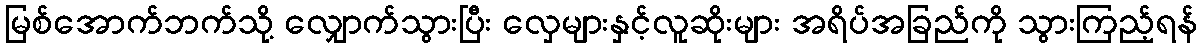
မြစ်အောက်ဘက်သို့ လျှောက်သွားပြီး လှေများနှင့်လူဆိုးများ အရိပ်အခြည်ကို သွားကြည့်ရန်